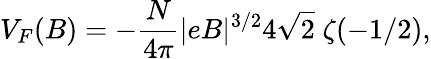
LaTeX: V_{F}(B)=-\frac{N}{4\pi}|eB|^{3/2}4\sqrt{2}\; \zeta(-1/2),